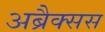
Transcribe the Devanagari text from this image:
अब्रैक्सस